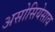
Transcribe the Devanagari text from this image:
असोसियेसाव